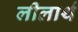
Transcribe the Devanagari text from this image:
लीलार्थ